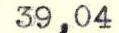
39,04